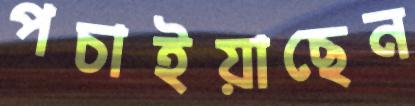
পচাইয়াছেন